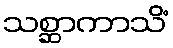
သစ္ဆာကာသိံ